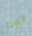
رقصنا